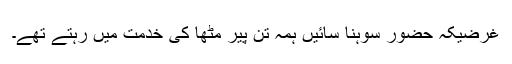
غرضیکہ حضور سوہنا سائیں ہمہ تن پیر مٹھاؒ کی خدمت میں رہتے تھے۔